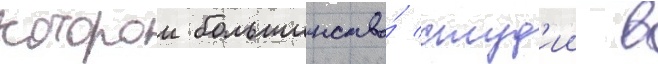
которои большинство́ студ'ии в